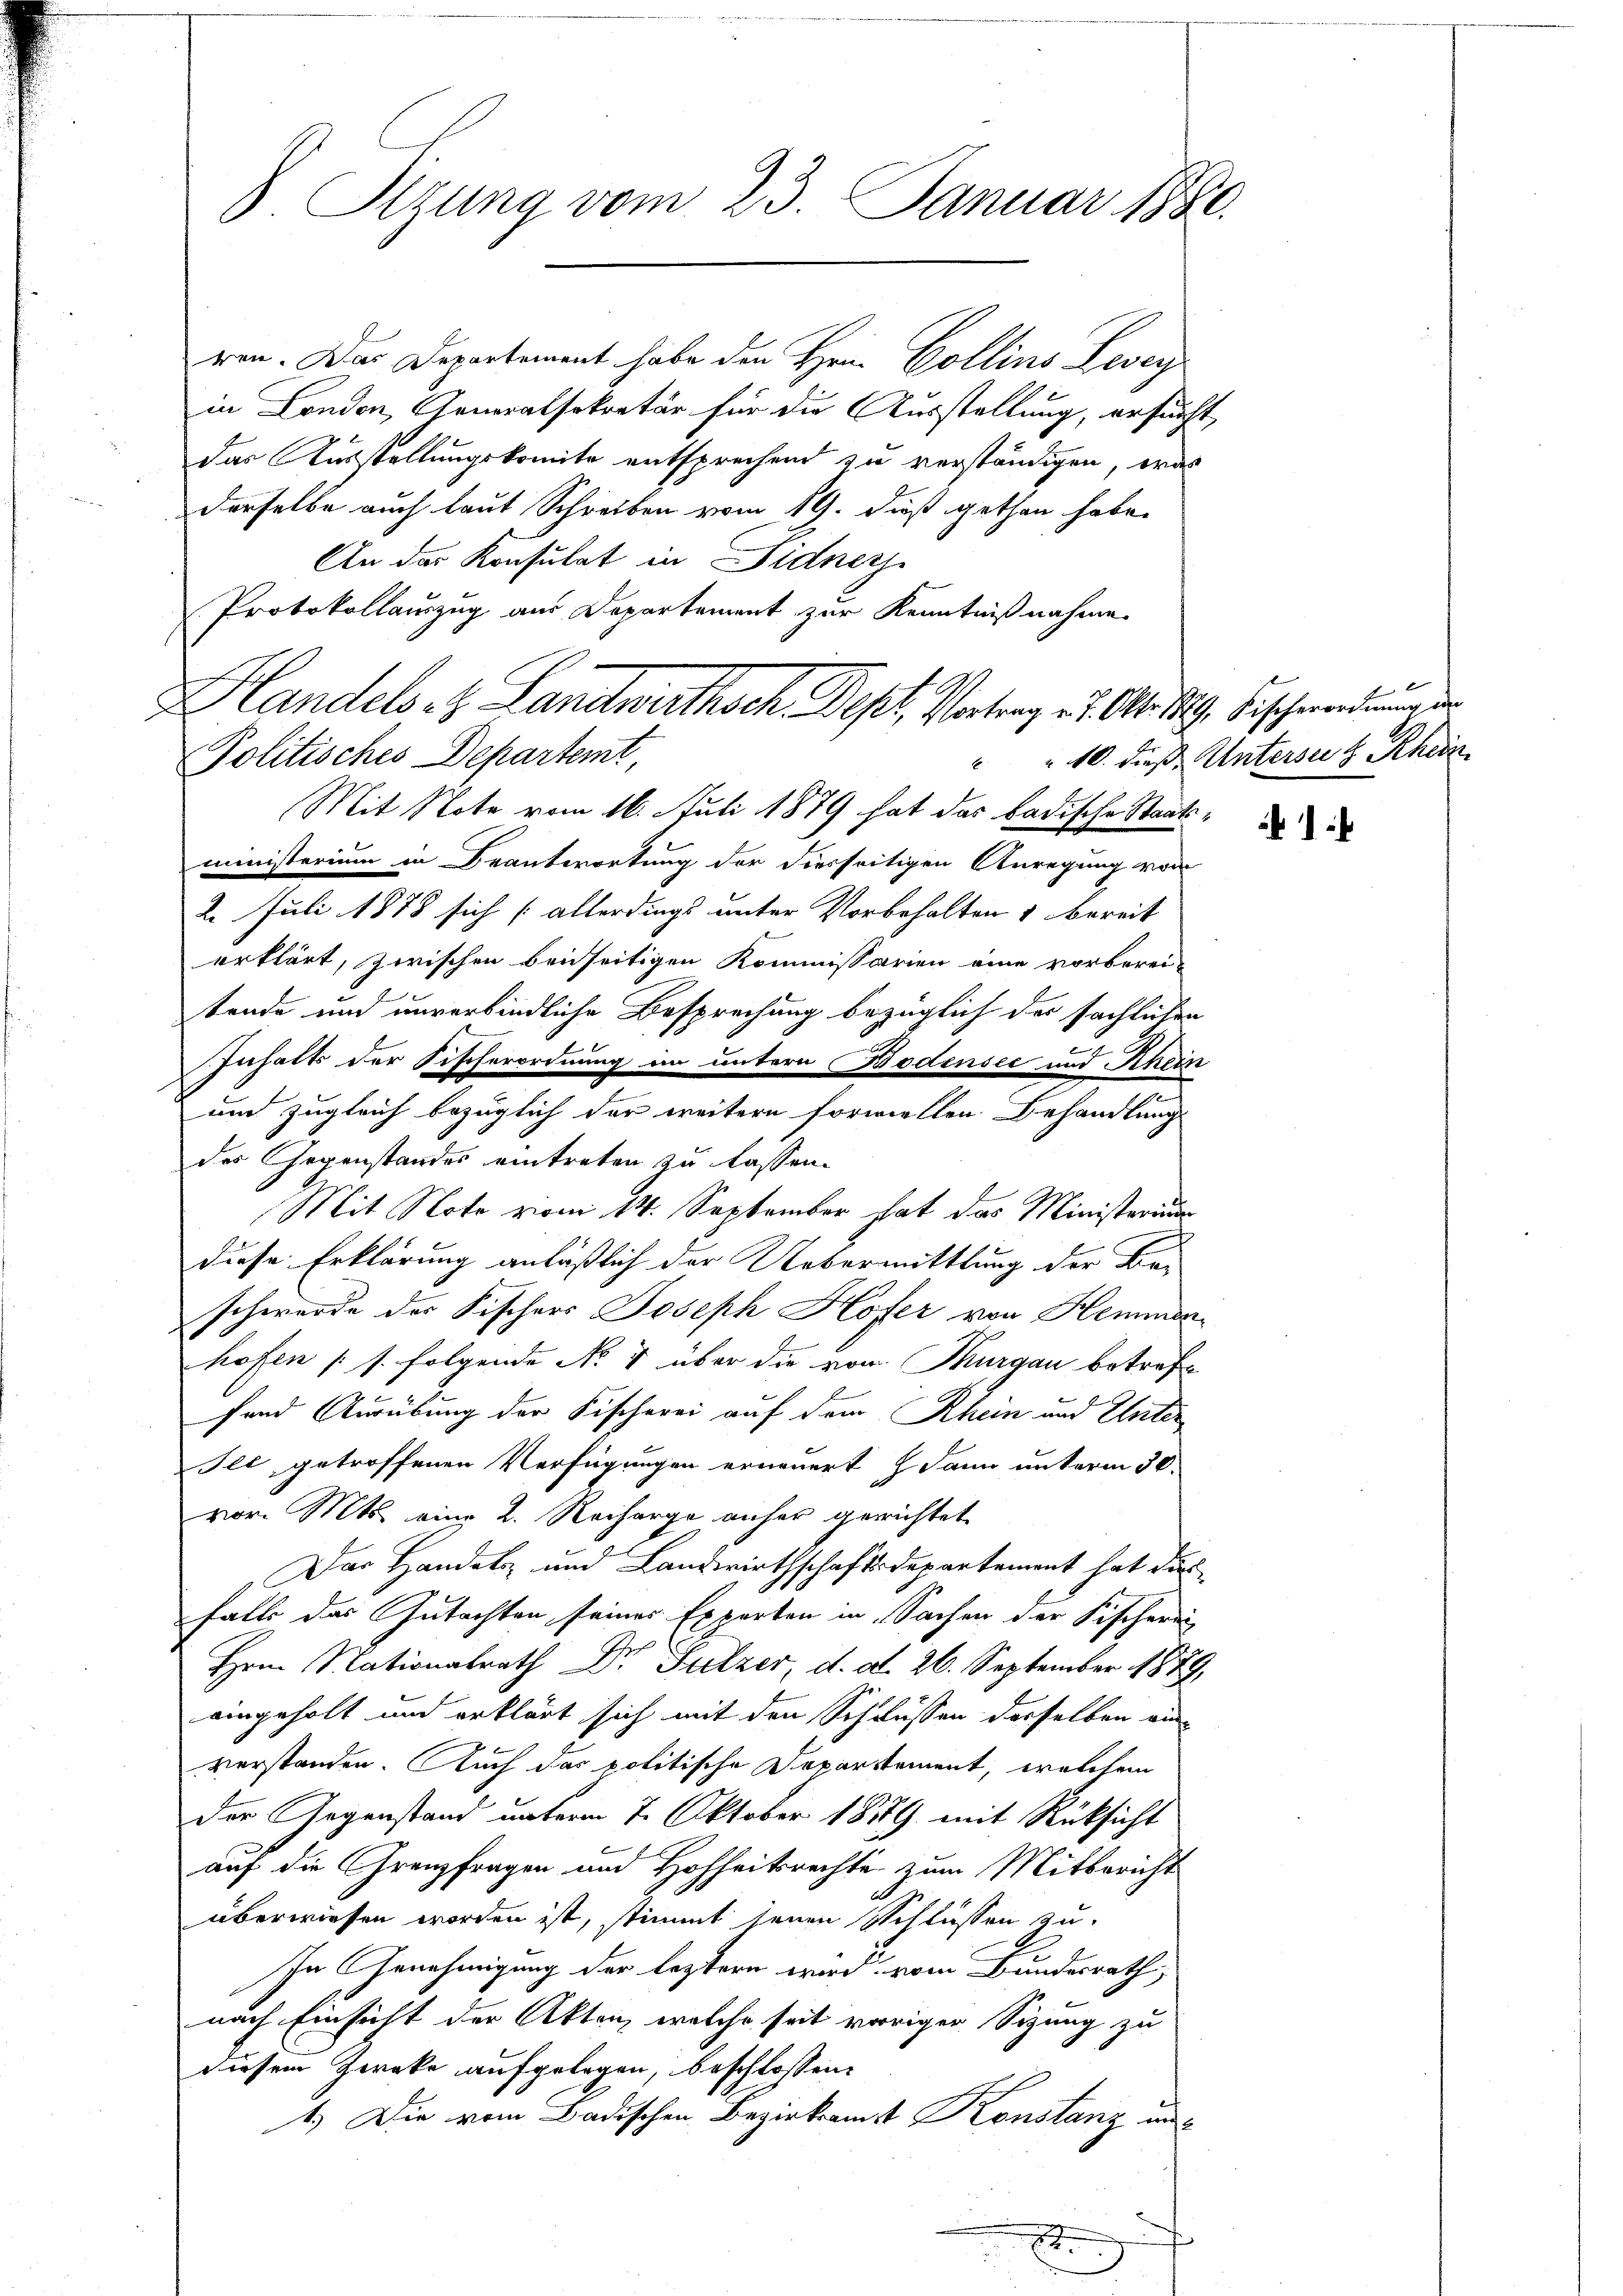
x

8 Stzung vom 23. Januar 1880.

Handels et Landwirthsch Bept, Vortrag es Abs. 1. Beschwendung de

ren. Das Departement habe den Hrn. Collins Leven
in London, Generalsekretär für die Ausstellung, ersucht,
das Ausstellungskomite entsprechend zu verständigen, was
derselbe auch laut Schreiben vom 19. dieß gethan habe.
An das Konsulat in Sidners
Protokollauszug aus Departement zur Kenntnißnahme
Politisches Departemt,
Mit Note vom 16. Juli 1879 hat das badische Staatsministerium in Beantwortung der diesseitigen Anregung von
2. Juli 1878 sich [allerdings unter Vorbehalten & bereit
erklärt, zwischen beidseitigen Kommissarien eine vorberei-
tende und unverbindliche Besprechung bezüglich der sächlichen
Inhalts der Sischerordnung im untern Bodensee und Rhein
und zugleich bezüglich der weitern formellen Behandlung
des Gegenstandes eintreten zu lassen.
Mit Note vom 14. September hat das Ministerium
diese Erklärung anläßlich der Uebermittlung der Beschwerde der Fischers Joseph Hofer von Hemmenhofen (s. folgende No 4 über die von Thurgau betreffe
fand Ausübung der Fischerei auf dem Rhein und Unter
Ile getroffenen Verfügungen erneuert dann unterm 30.
vor. Mts. eine 2. Reiherge anher gerichtet
Das Handels- und Landwirthschaftsdepartement hat darfalls das Gutachten seines Experten in Sachen der Fischerei
Hrn. Nationalrath Dr Sulzer, d. d. 26. September 1879.
eingeholt und erklärt sich mit den Schlüssen derselben ein-
verstanden. Auch das politische Departement, welchem
der Gegenstand unterm 7. Oktober 1859 mit Rücksicht
auf die Grenzfragen und Hohheitsrechte zum Mitbericht
überwiesen worden ist, stimmt seinen Schlüssen zu
In Genehmigung der leztern wird vom Bundesrath,
nach Einsicht der Akten, welche seit voriger Sizung zu
diesem Zwecke aufgelegen, beschlossen:
1.) Die vom Badischen Bezirksamt Konstanz un

10. dieß. Unterseit Rhein

1